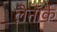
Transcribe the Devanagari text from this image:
लेनॉर्क